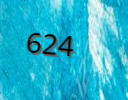
624